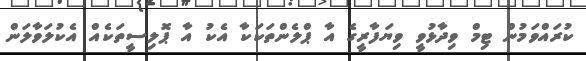
ކުރައްވަމުން ޓިމް ވިދާޅުވީ ވިޔަފާރީގެ އާ ޕްލެންތަކަކާ އެކު އާ ޕޮލިސީތަކެއް އެކުލަވާލަން